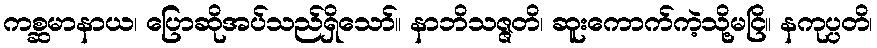
ကစ္ဆမာနာယ၊ ပြောဆိုအပ်သည်ရှိသော်။ နာဘိသဇ္ဇတိ၊ ဆူးကောက်ကဲ့သို့မငြိ။ နကုပ္ပတိ၊